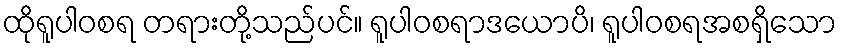
ထိုရူပါဝစရ တရားတို့သည်ပင်။ ရူပါဝစရာဒယောပိ၊ ရူပါဝစရအစရှိသော